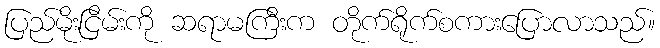
ပြည်မိုးငြိမ်းကို ဆရာမကြီးက တိုက်ရိုက်စကားပြောလာသည်။